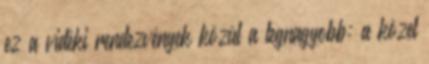
ez a vidéki rendezvények közül a legnagyobb: a közel